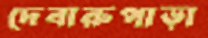
দেবারুপাড়া